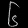
Digit: ၆